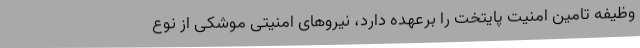
وظیفه تامین امنیت پایتخت را برعهده دارد، نیروهای امنیتی موشکی از نوع